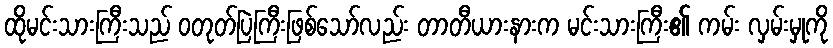
ထိုမင်းသားကြီးသည် ဝတုတ်ပြဲကြီးဖြစ်သော်လည်း တာတီယားနားက မင်းသားကြီး၏ ကမ်း လှမ်းမှုကို